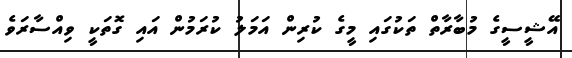
އޭޝީސީގެ މުބާރާތް ތަކުގައި މީގެ ކުރިން އަމަލު ކުރަމުން އައި ގޮތަކީ ވިއްސާރަވެ